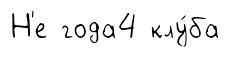
Н'е года4 клу́ба